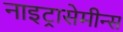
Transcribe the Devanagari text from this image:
नाइट्रासेमीन्स